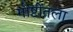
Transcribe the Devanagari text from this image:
गोष्टींतला